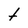
Character: t